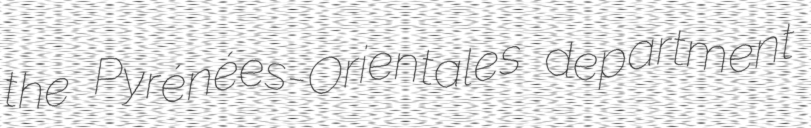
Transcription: the Pyrénées-Orientales department